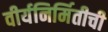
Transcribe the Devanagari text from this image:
वीर्यनिर्मितीची